Lunatic asylums United Provinces 1899-1908 - 1899-1908
Year: 1899
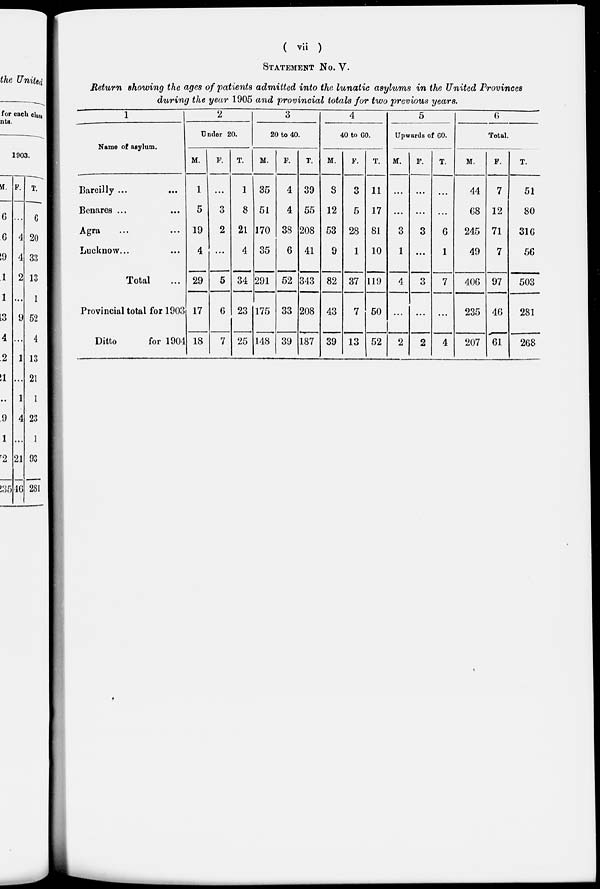
( vii )
STATEMENT NO. V.
Return showing the ages of patients admitted into the lunatic asylums in the United Provinces
during the year 1905 and provincial totals for two previous years.
1
Name of asylum.
Bareilly ...
...
Benares ... ...
Agra ... ...
Lucknow ... ...
Total ...
Provincial total for 1903
Ditto
for 1904
2
Under 20.
M.
1
5
19
4
29
17
18
F.
...
3
2
...
5
6
7
T.
1
8
21
4
34
23
25
3
20 to 40.
M.
35
51
170
35
291
175
148
F.
4
4
38
6
52
33
39
T.
39
55
208
41
343
208
187
4
40 to 60.
M.
8
12
53
9
82
43
39
F.
3
5
28
1
37
7
13
T.
11
17
81
10
119
50
52
5
Upwards of 60.
M.
...
...
3
1
4
...
2
F.
...
...
3
...
3
...
2
T.
...
...
6
1
7
...
4
6
Total.
M.
44
68
245
49
406
235
207
F.
7
12
71
7
97
46
61
T.
51
80
316
56
503
281
268